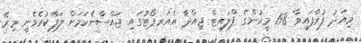
މިއަދު ފުރާފައިވާ 198 މީހުންގެ ފްލައިޓް ޖިއްދާ އެއަރޕޯޓުގައި ޖައްސާނެކަމަށް ލަފާކުރެވެނީ މިރޭ